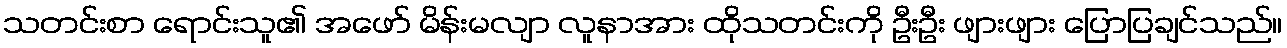
သတင်းစာ ရောင်းသူ၏ အဖော် မိန်းမလျာ လူနာအား ထိုသတင်းကို ဦးဦး ဖျားဖျား ပြောပြချင်သည်။